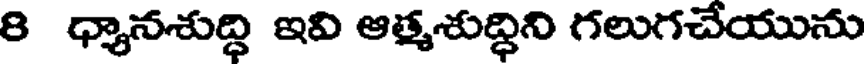
8 ధ్యానశుద్ధి ఇవి ఆత్మశుద్ధిని గలుగచేయును